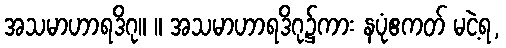
အသမာဟာရဒိဂု။ ။ အသမာဟာရဒိဂု၌ကား နပုံဧကတ် မငဲ့ရ,